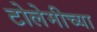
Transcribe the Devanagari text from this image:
टोलेमीच्या